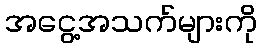
အငွေ့အသက်များကို